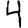
Digit: 4